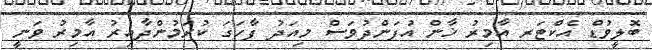
ބޮލީވުޑް އެކްޓަރ އާމިރު ޚާން އުފަންދުވަސް މިއަދު ފާހަގަ ކުރަމުންދާއިރު އާމިރު ވަނީ